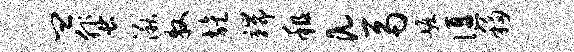
皿蜚湫牧旌端租a鬲崛偃移